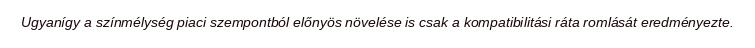
Ugyanígy a színmélység piaci szempontból előnyös növelése is csak a kompatibilitási ráta romlását eredményezte.